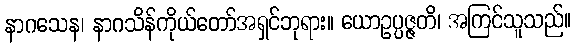
နာဂသေန၊ နာဂသိန်ကိုယ်တော်အရှင်ဘုရား။ ယောဥပ္ပဇ္ဇတိ၊ အကြင်သူသည်။